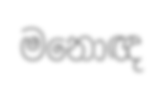
මනොඥ